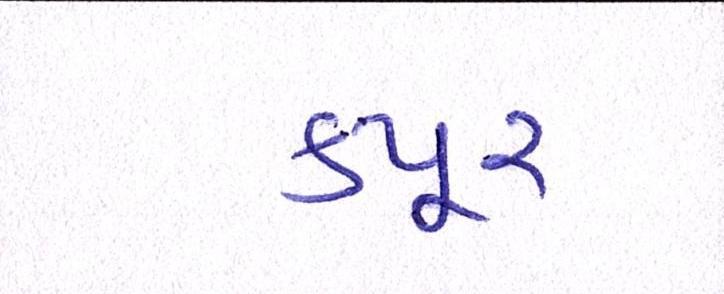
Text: કપૂર